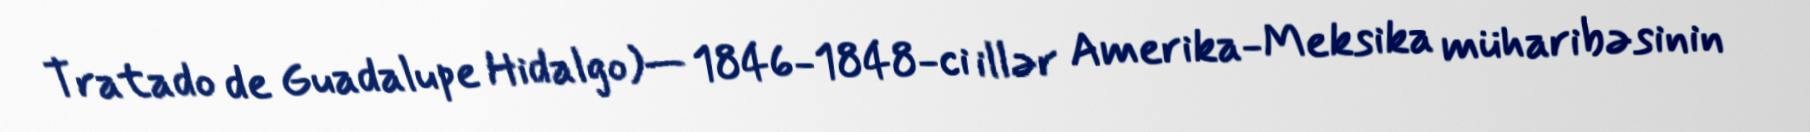
Tratado de Guadalupe Hidalgo)— 1846-1848-ci illər Amerika-Meksika müharibəsinin